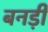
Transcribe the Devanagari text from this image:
बनड़ी